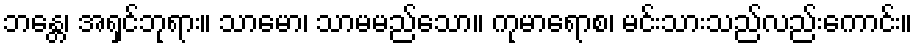
ဘန္တေ၊ အရှင်ဘုရား။ သာမော၊ သာမမည်သော။ ကုမာရောစ၊ မင်းသားသည်လည်းကောင်း။